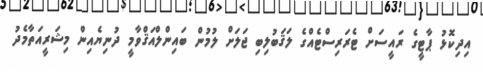
އިދިކޮޅު ޕާޓީގެ ރައީސަށް ޓެރަރިސްޓެއްގެ ލަޤަބުލިބި ޖަލަށް ލުމުން ބައިންލްއަޤްވާމީ ދުނިޔެއިން މިޝަރީއަތާމެދު